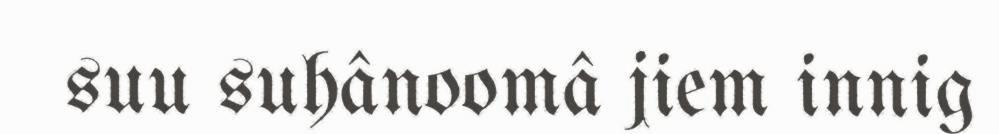
suu suhânoomâ jiem innig